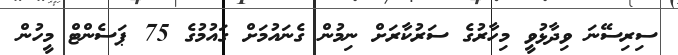
ސިރިސޭނަ ވިދާޅުވީ މިހާރުގެ ސަރުކާރަށް ނިމުން ގެނައުމަށް ގައުމުގެ 75 ޕަސެންޓް މީހުން